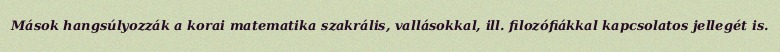
Mások hangsúlyozzák a korai matematika szakrális, vallásokkal, ill. filozófiákkal kapcsolatos jellegét is.